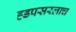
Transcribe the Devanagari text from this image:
ह्डपसरलाच